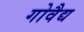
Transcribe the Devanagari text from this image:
गोवैद्य